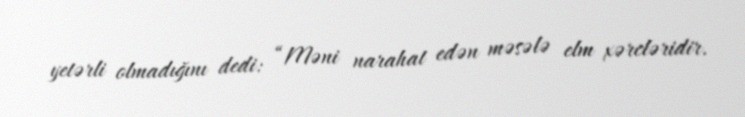
yetərli olmadığını dedi: “Məni narahat edən məsələ elm xərcləridir.